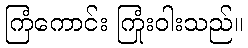
ကြံကောင်း ကြုံးဝါးသည်။